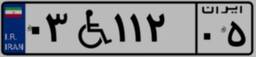
۰۳W۱۱۲۰۵